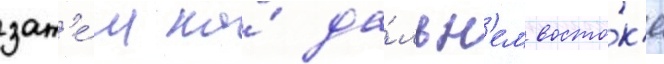
зат'е́м на́ да́льн'ем восто́к'е